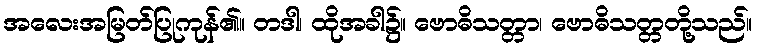
အလေးအမြတ်ပြုကုန်၏။ တဒါ၊ ထိုအခါ၌။ ဗောဓိသတ္တာ၊ ဗောဓိသတ္တတို့သည်။